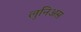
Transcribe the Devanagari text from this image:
लुनिअस